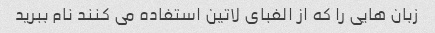
زبان هایی را که از الفبای لاتین استفاده می کنند نام ببرید